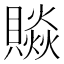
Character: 𧷼